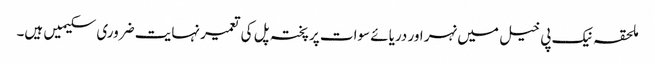
ملحقہ نیک پی خیل میں نہر اور دریائے سوات پر پختہ پل کی تعمیر نہایت ضروری سکیمیں ہیں۔